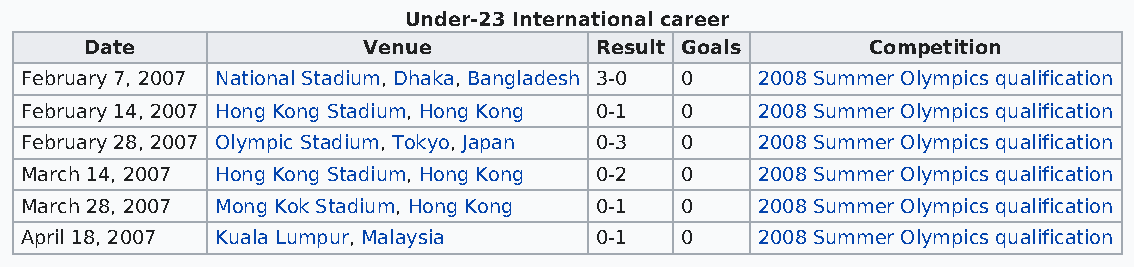
Under-23 International career
 Date              Venue          Result Goals       Competition
 February 7, 2007 National Stadium, Dhaka, Bangladesh 3-0 0 2008 Summer Olympics qualification
 February 14, 2007 Hong Kong Stadium, Hong Kong 0-1 0 2008 Summer Olympics qualification
 February 28, 2007 Olympic Stadium, Tokyo, Japan 0-3 0 2008 Summer Olympics qualification
 March 14, 2007 Hong Kong Stadium, Hong Kong 0-2 0 2008 Summer Olympics qualification
 March 28, 2007 Mong Kok Stadium, Hong Kong 0-1 0 2008 Summer Olympics qualification
 April 18, 2007 Kuala Lumpur, Malaysia 0-1   0    2008 Summer Olympics qualification